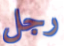
رجل